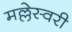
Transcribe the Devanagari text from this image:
मल्लेस्वरी